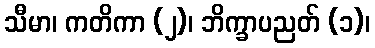
သီမာ၊ ကတိကာ (၂)၊ ဘိက္ခာပညတ် (၁)၊